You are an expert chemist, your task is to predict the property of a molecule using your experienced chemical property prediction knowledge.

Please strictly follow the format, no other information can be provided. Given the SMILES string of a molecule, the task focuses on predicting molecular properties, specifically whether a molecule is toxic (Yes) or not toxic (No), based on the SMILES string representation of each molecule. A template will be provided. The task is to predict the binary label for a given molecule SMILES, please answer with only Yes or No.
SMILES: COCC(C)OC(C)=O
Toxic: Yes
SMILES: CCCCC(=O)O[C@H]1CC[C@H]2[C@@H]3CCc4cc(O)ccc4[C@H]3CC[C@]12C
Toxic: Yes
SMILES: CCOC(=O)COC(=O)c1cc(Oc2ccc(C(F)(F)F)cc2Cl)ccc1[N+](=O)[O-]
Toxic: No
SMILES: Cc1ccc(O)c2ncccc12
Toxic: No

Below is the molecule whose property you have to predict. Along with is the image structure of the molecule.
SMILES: CC(C)(N)C#N
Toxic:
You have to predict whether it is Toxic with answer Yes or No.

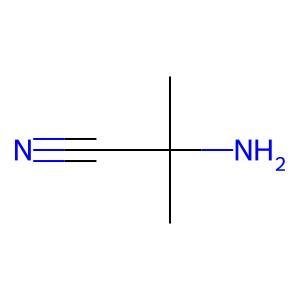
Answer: No